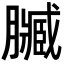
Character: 𮍄